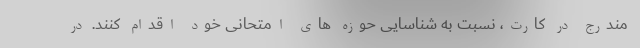
مندرج در کارت، نسبت به شناسایی حوزه های امتحانی خود اقدام کنند. در